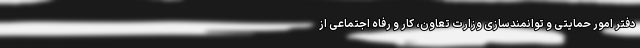
دفتر امور حمایتی و توانمندسازی وزارت تعاون، کار و رفاه اجتماعی از